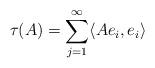
LaTeX: \begin{align*}\tau(A) = \sum_{j=1}^\infty \langle A e_i, e_i\rangle \end{align*}